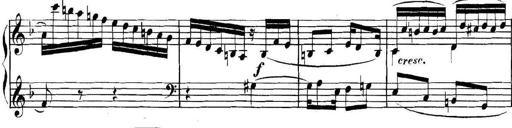
Title: Collected Piano Sonatas
Composer: Muzio Clementi